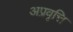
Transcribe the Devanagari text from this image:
अप्रवृत्ति